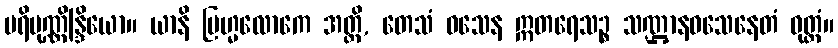
ပရိပုဏ္ဏိန္ဒြိယော။ ယာနိ ဗြဟ္မလောကေ အတ္ထိ, တေသံ ဝသေန ဣတရေသဉ္စ သဏ္ဌာနဝသေနေတံ ဝုတ္တံ။